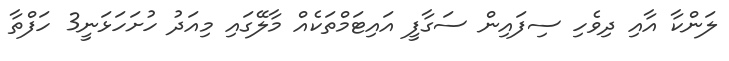
ލަންކާ އާއި ދިވެހި ސިފައިން ސަގާފީ އައިޓަމްތަކެއް މާލޭގައި މިއަދު ހުށަހަޅަނީ3 ހަފްތާ